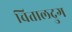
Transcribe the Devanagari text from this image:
चितालद्रुग